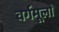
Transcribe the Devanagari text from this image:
वर्गमूलों